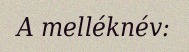
A melléknév: